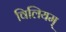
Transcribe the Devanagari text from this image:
विलियम्